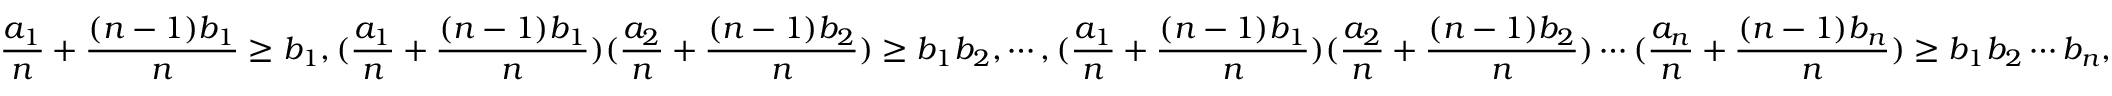
\frac { a _ { 1 } } { n } + \frac { ( n - 1 ) b _ { 1 } } { n } \geq b _ { 1 } , ( \frac { a _ { 1 } } { n } + \frac { ( n - 1 ) b _ { 1 } } { n } ) ( \frac { a _ { 2 } } { n } + \frac { ( n - 1 ) b _ { 2 } } { n } ) \geq b _ { 1 } b _ { 2 } , \cdots , ( \frac { a _ { 1 } } { n } + \frac { ( n - 1 ) b _ { 1 } } { n } ) ( \frac { a _ { 2 } } { n } + \frac { ( n - 1 ) b _ { 2 } } { n } ) \cdots ( \frac { a _ { n } } { n } + \frac { ( n - 1 ) b _ { n } } { n } ) \geq b _ { 1 } b _ { 2 } \cdots b _ { n } ,